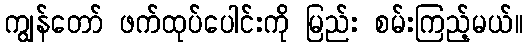
ကျွန်တော် ဖက်ထုပ်ပေါင်းကို မြည်း စမ်းကြည့်မယ်။